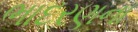
ભાદરણના